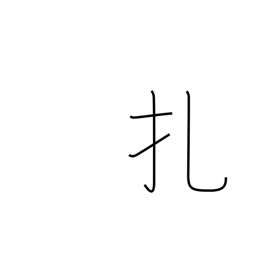
Meaning: prick